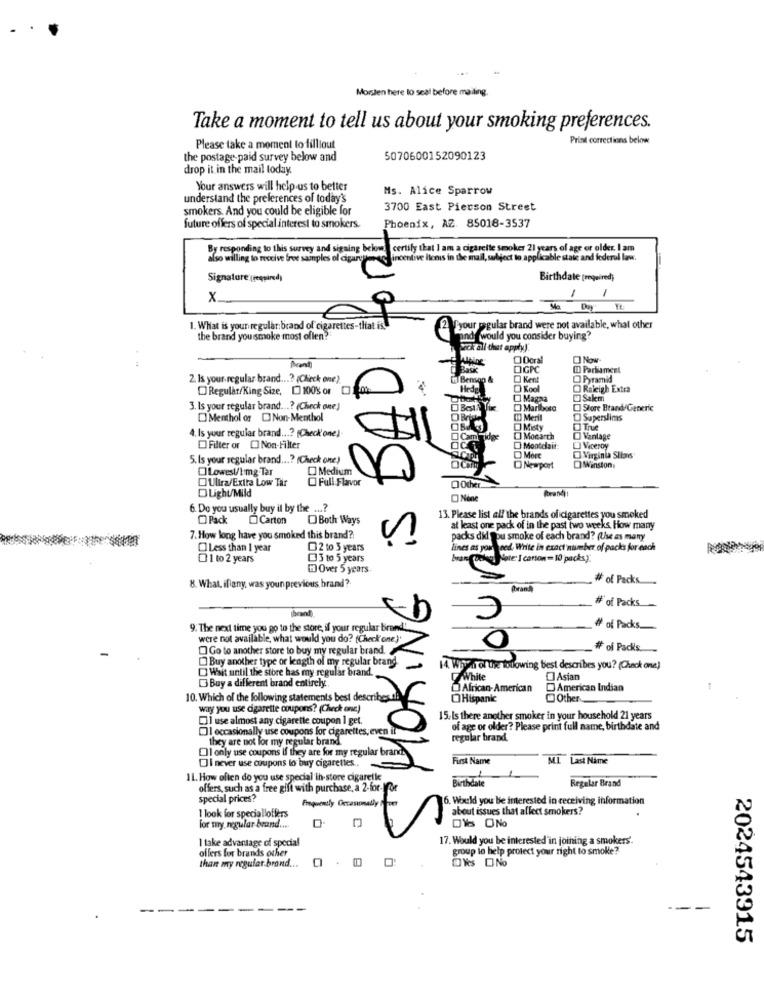
MorsJen here to scal before mailing.
Take a moment to tell us about your smoking preferences.
Print corrections below
Please take a moment to filliout
the postage paid survey below and
5070600152090123
drop it in the mail today.
Your answers will help us to better
Ms. Alice Sparrow
understand the preferences of today's
smokers. And you could be eligible for
3700 East Pierson Street
future offers of special interest to smokers.
Phoenix, AZ. 85018-3537
By responding to this survey and signing below
certify that I am a cigarette smoker 21 years of age or older. I am
also willing to receive free samples of cigarettes
incentive Itenis in the mail, subject to applicable state and federal law.
Signature (required)
Birthdate [required;
x
Ma
1. What is your regular:brand of cigarettes-that is.
Vyour msgular brand were not available, what other
the brand yousmoke most oflen?
would you consider buying?
rok all that apply)
Wining
Doral
Now
OGPC
ID Parliament
2. Is your.regular brand ...? (Check one).
i Benson &
Kent
Pyramid
Regular/King Size, KOS or 0
Hede
O Kool
Raleigh Extra
Magaa
Sakem
3. Is your regular brand ...? (Check one)
OB
Mariboso
Store Brand Generic
OMenthol of Non-Menthol
12 Meril
Superslimas
OMity
1. Is your regular brand ...? (Check'one)
Cambridge
O Mocarch
Vanlage
Filter or [] Non-Filter
OCT
Montelait:
Viceroy
5.Is your regular brand ...? (Check one)
O Mort
Lowest/Img.Tar
Medium
O Newport
Winston
Ultra/Extra Low Tar
00
DLight/Mild
O Full Flavor
Nine
6. Do you usually buy il by the ...?
louri
Pack
Carton O Both Ways
13. Please list all the brands of cigarettes you smoked
at least one pack of in the past two weeks, How many
7. How long have you smoked this brand?
packs did you smoke of each brand? (Use as many
Less than 1 year
2 to 3 years
lines as youneed, Write in exact number of packs for each
01 to 2 years
3 10 5 years
bran Coolers lote: I carson = 10 packs).
1 Over 5 years
MOKING
# of Packs
8. What, ifany, was your previous brand?
brand
# of Packs
9. The next time you go to the store, if your regular brand!
# of Packs.
were not available, what would you do? (Check one)'
Go to another store to buy my regular brand.
# of Packs.
Buy another type or length of my regular brand
O Wait until the store has my regular brand.
14. Whyi of the following best describes you? (Check one)
White
O Asian
Buy a different brand entirely ..
African-American
American Indian
10. Which of the following statements best describes
OHispanic
Other
way you use cigarette coupons? (Check one)
Cl use almost any cigarette coupon 1 get.
15. Is there another smoker in your household 21 years
I occasionally use coupons for cigarettes, even i
of age or older? Please print full name, birthdate and
they are not for my regular brand.
regular brand.
Oll only use coupons If they are for my regular brand
First Name
MI Last Name
I never use coupons to buy cigarettes ..
IL. How often do you use special ih-store cigaretle
Birthdate
Regalar Brand
offers, such as a free gift with purchase, a 2-for- for
special prices?
Frequently Occasionally
6. Would you be interested in receiving information
about issues that affect smokers?
1 look for specialloffers
for my regular brand ....
DVs ONo
1 take advantage of special
17. Would you be interested in joining a smokers'.
offers for brands other
group lo help protect your right to smoke?
than my regular brand ...
Yes No
--
2024543915